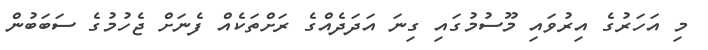
މި އަހަރުގެ އިރުވައި މޫސުމުގައި ގިނަ އަދަދެއްގެ ރަށްތަކެއް ފެނަށް ޖެހުމުގެ ސަބަބުން